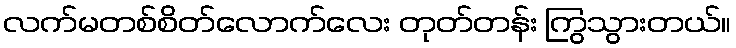
လက်မတစ်စိတ်လောက်လေး တုတ်တန်း ကြွသွားတယ်။